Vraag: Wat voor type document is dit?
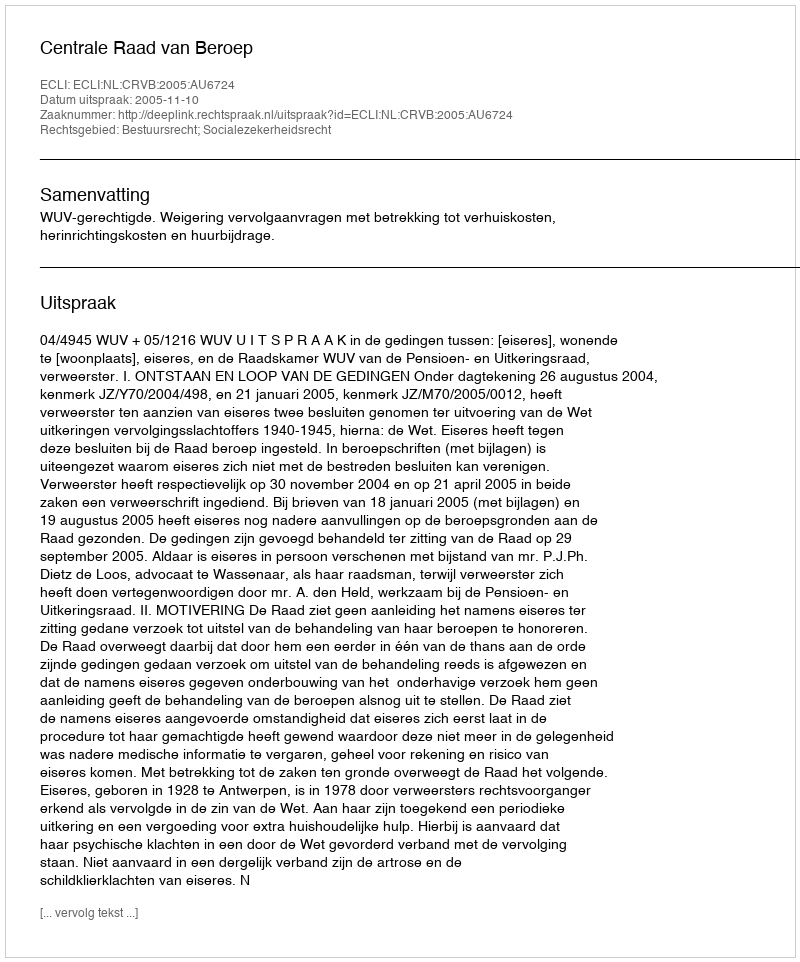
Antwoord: Uitspraak